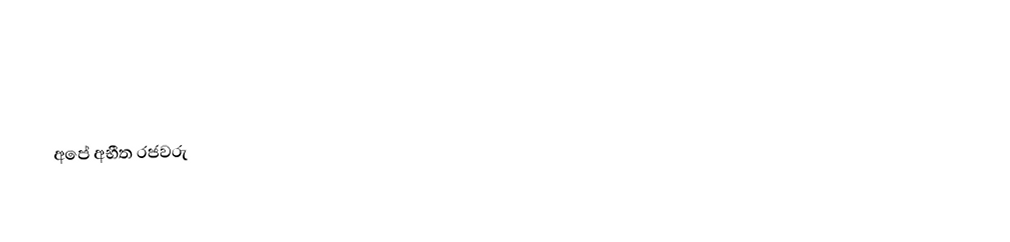

අපේ අභීත රජවරු